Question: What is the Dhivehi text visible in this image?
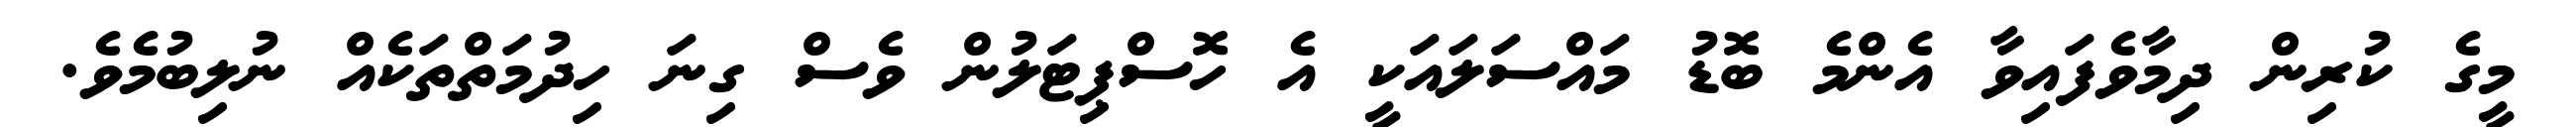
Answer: މީގެ ކުރިން ދިމާވެފައިވާ އެންމެ ބޮޑު މައްސަލައަކީ އެ ހޮސްޕިޓަލުން ވެސް ގިނަ ހިދުމަތްތަކެއް ނުލިބުމެވެ.